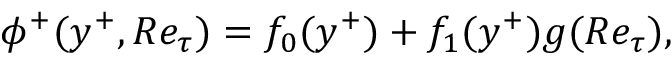
\phi ^ { + } ( y ^ { + } , R e _ { \tau } ) = f _ { 0 } ( y ^ { + } ) + f _ { 1 } ( y ^ { + } ) g ( R e _ { \tau } ) ,